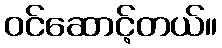
ဝင်ဆောင့်တယ်။